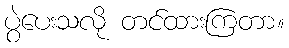
ပွဲပေးသလို တင်ထားကြတာ။